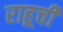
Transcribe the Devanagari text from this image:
राहूची